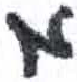
אות: א